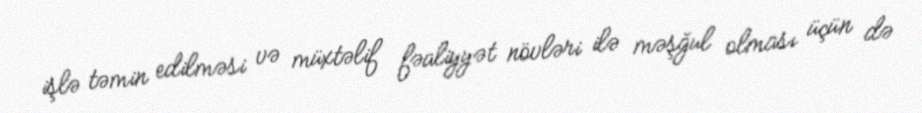
işlə təmin edilməsi və müxtəlif fəaliyyət növləri ilə məşğul olması üçün də